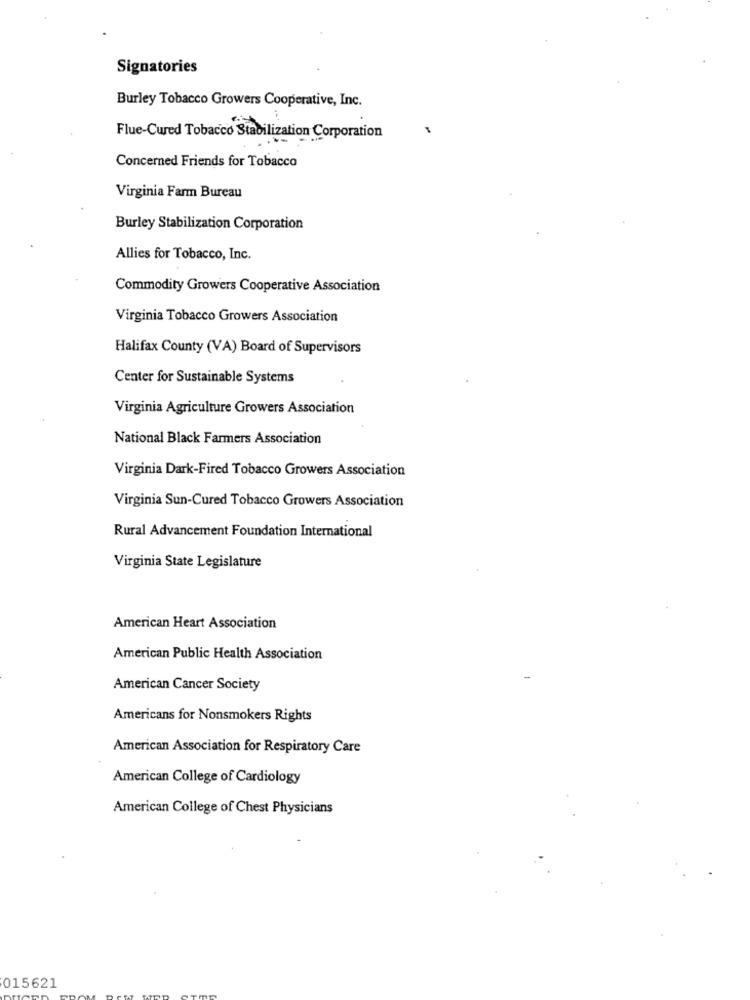
Signatories
Burley Tobacco Growers Cooperative, Inc.
Flue-Cured Tobacco Stabilization Corporation
Concerned Friends for Tobacco
Virginia Farm Bureau
Burley Stabilization Corporation
Allies for Tobacco, Inc.
Commodity Growers Cooperative Association
Virginia Tobacco Growers Association
Halifax County (VA) Board of Supervisors
Center for Sustainable Systems
Virginia Agriculture Growers Association
National Black Farmers Association
Virginia Dark-Fired Tobacco Growers Association
Virginia Sun-Cured Tobacco Growers Association
Rural Advancement Foundation International
Virginia State Legislature
American Heart Association
American Public Health Association
American Cancer Society
Americans for Nonsmokers Rights
American Association for Respiratory Care
American College of Cardiology
American College of Chest Physicians
015621